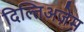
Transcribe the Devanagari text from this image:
दिल्तिअज़ेम